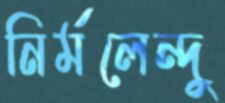
নির্মলেন্দু